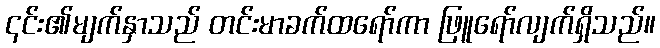
၎င်း၏မျက်နှာသည် တင်းမာခက်ထရော်ကာ ဖြူရော်လျက်ရှိသည်။